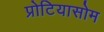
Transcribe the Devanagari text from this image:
प्रोटियासोम